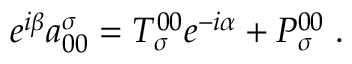
e ^ { i \beta } a _ { 0 0 } ^ { \sigma } = T _ { \sigma } ^ { 0 0 } e ^ { - i \alpha } + P _ { \sigma } ^ { 0 0 } \; .